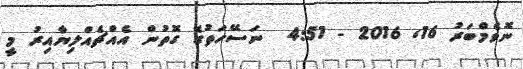
ނޮވެމްބަރު 16